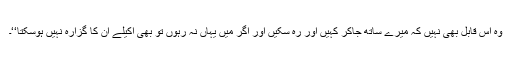
وہ اس قابل بھی نہیں کہ میرے ساتھ جاکر کہیں اور رہ سکیں اور اگر میں یہاں نہ رہوں تو بھی اکیلے ان کا گزارہ نہیں ہوسکتا‘‘۔